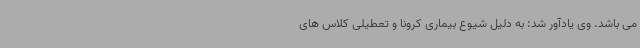
می باشد. وی یادآور شد: به دلیل شیوع بیماری کرونا و تعطیلی کلاس های